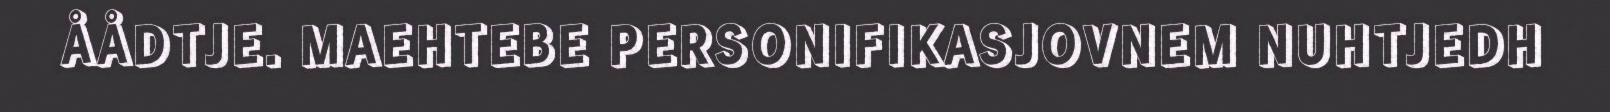
ÅÅDTJE. MAEHTEBE PERSONIFIKASJOVNEM NUHTJEDH